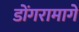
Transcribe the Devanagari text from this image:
डोंगरामागे